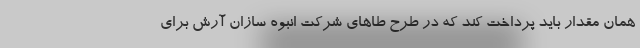
همان مقدار باید پرداخت کند که در طرح طاهای شرکت انبوه سازان آرش برای